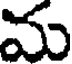
మ